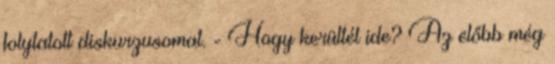
folytatott diskurzusomat. - Hogy kerültél ide? Az előbb még